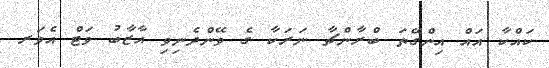
ކައްކާ އައް އިންގޭތަ ބްރާންޗާ ނަރަކާ ގެ ވޭންދެނިވި އާޒާބު ވަޓް އެވަރ